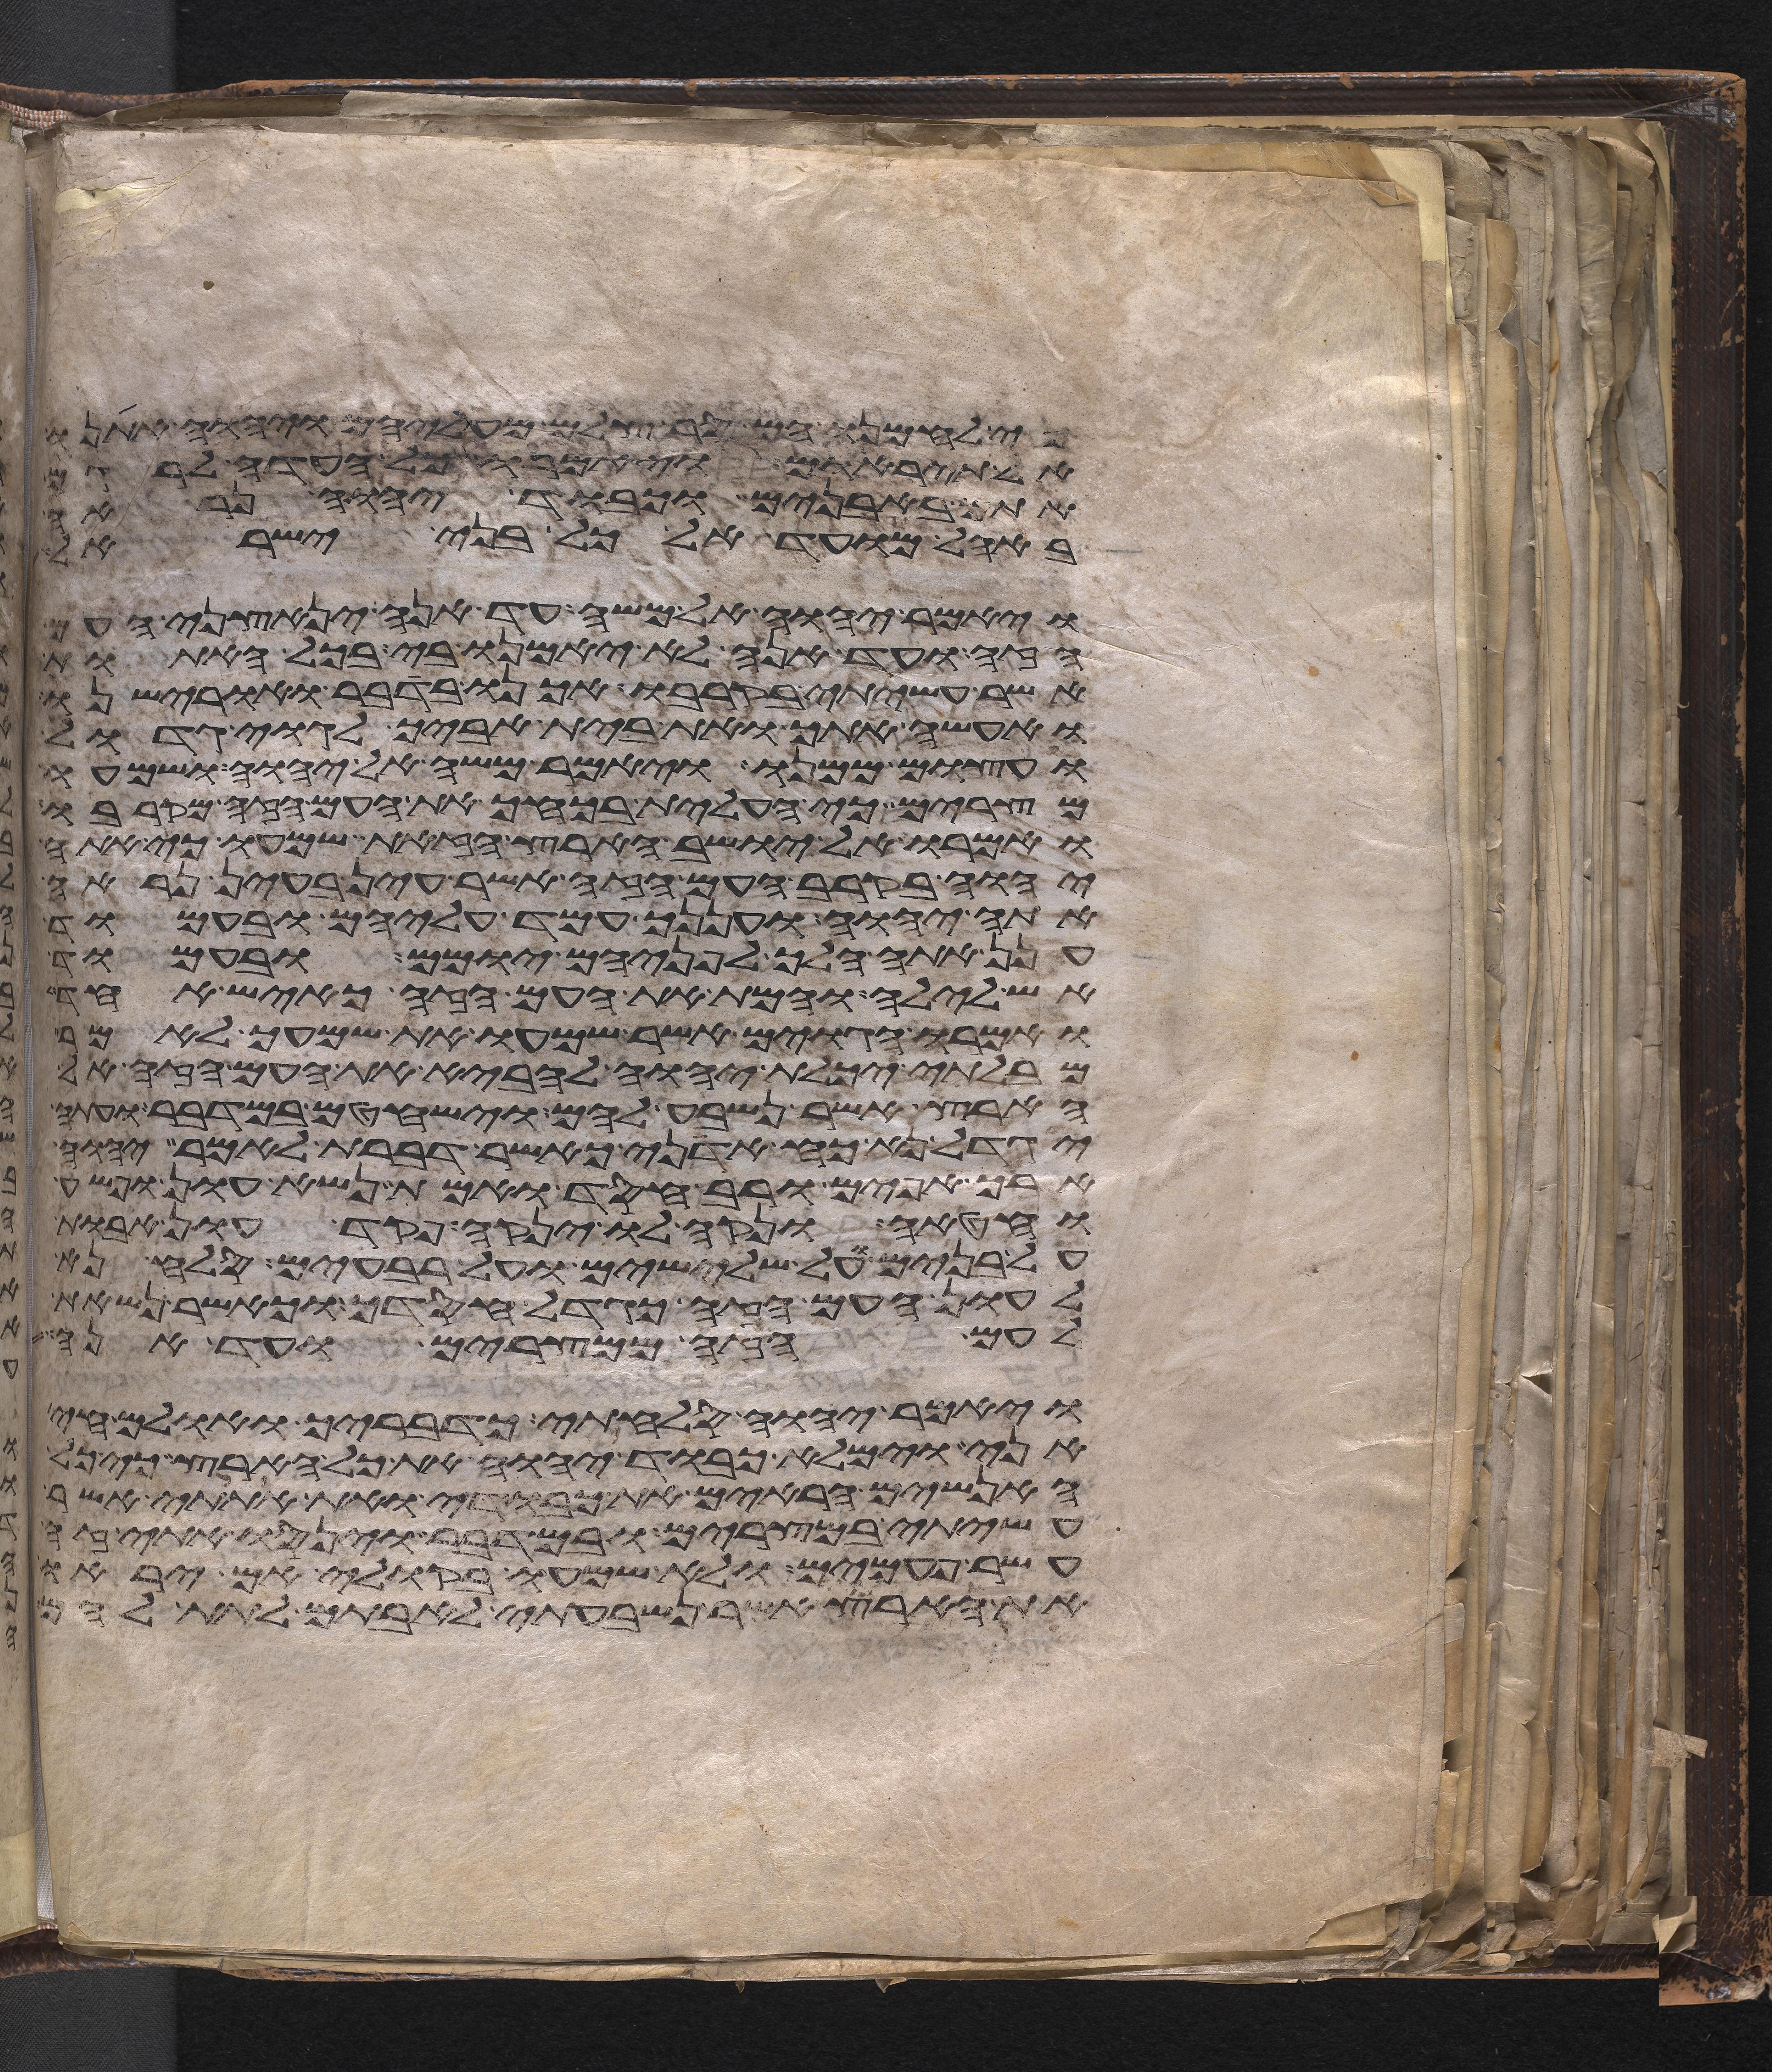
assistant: כי לחמנו הם סר צלם מעליהם ויהוה אתנו
אל תיראום ויאמרו כל העדה לרגם
אתם באבנים וכבוד יהוה נראה
באהל מועד אל כל בני ישראל
ויאמר יהוה אל משה עד אנה ינאצני העם
הזה ועד הנה לא יאמנו בי בכל האתות
אשר עשיתי בקרבו אכנו בדבר ואורישנו
ואעשה אתך ואת בית אביך לגוי גדול
ועצום ממנו ויאמר משה אל יהוה ושמעו
מצרים כי העלית בכחך את העם הזה מקרבו
ואמרו אל יושב הארץ הזאת שמעו כי אתה
יהוה בקרב העם הזה אשר עין בעין נראה
אתה יהוה ועננך עמד עליהם ובעמוד
ענן אתה הלך לפניהם יומם ובעמוד
אש לילה והמת את העם הזה כאיש אחד
ואמרו הגוים אשר שמעו את שמעך לאמר
מבלתי יכלת יהוה להביא את העם הזה אל
הארץ אשר נשבע להם וישחטם במדבר ועתה
יגדל נא כח אדני כאשר דברת לאמר יהוה
ארך אפים ורב חסד ואמת נשא עון ופשע
וחטאה ונקה לו ינקה פקד עון אבות
על בנים על שלישים ועל רביעים סלח נא
לעון העם הזה כגדל חסדך וכאשר נשאת
לעם הזה ממצרים ועד הנה
ויאמר יהוה סלחתי כדבריך ואולם חי
אני וימלא כבוד יהוה את כל הארץ כי כל
האנשים הראים את כבודי ואת אתותי אשר
עשיתי במצרים ובמדבר וינסו אתי זה
עשר פעמים ולא שמעו בקולי אם יראו
את הארץ אשר נשבעתי לאבותם לתת להם